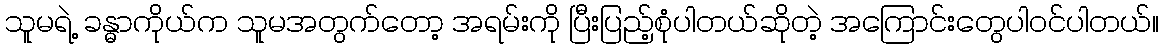
သူမရဲ့ ခန္ဓာကိုယ်က သူမအတွက်တော့ အရမ်းကို ပြီးပြည့်စုံပါတယ်ဆိုတဲ့ အကြောင်းတွေပါဝင်ပါတယ်။